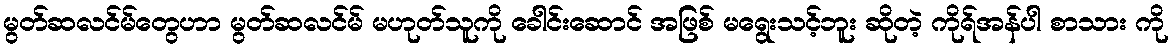
မွတ်ဆလင်မ်တွေဟာ မွတ်ဆလင်မ် မဟုတ်သူကို ခေါင်းဆောင် အဖြစ် မရွေးသင့်ဘူး ဆိုတဲ့ ကိုရ်အန်ပါ စာသား ကို